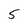
Character: 5